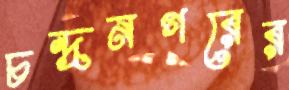
চন্দ্রনগরের